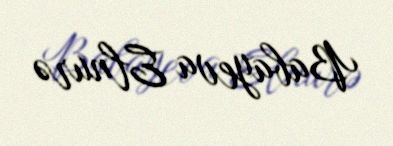
Babayeva Elnurə